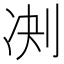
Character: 𪟅